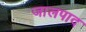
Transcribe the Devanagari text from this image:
जालपाद